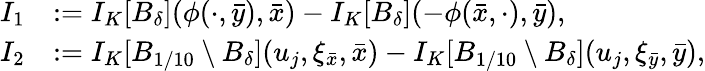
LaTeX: \begin{array}{rl}{I_{1}}&{:=I_{K}[B_{\delta}](\phi(\cdot,\bar{y}),\bar{x})-I_{K}[B_{\delta}](-\phi(\bar{x},\cdot),\bar{y}),}\\ {I_{2}}&{:=I_{K}[B_{1/10}\setminus B_{\delta}](u_{j},\xi_{\bar{x}},\bar{x})-I_{K}[B_{1/10}\setminus B_{\delta}](u_{j},\xi_{\bar{y}},\bar{y}),}\end{array}